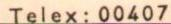
Telex: 00407